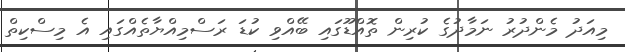
މިއަދު މެންދުރު ނަމާދުގެ ކުރިން ތޮއްޑޫގައި ބޭއްވި ކުޑަ ރަސްމިއްޔާތެއްގައި އެ މިސްކިތް